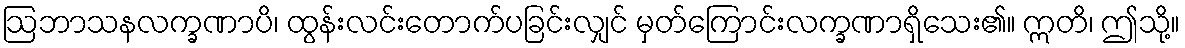
ဩဘာသနလက္ခဏာပိ၊ ထွန်းလင်းတောက်ပခြင်းလျှင် မှတ်ကြောင်းလက္ခဏာရှိသေး၏။ ဣတိ၊ ဤသို့။